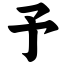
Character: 予